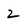
Character: 2